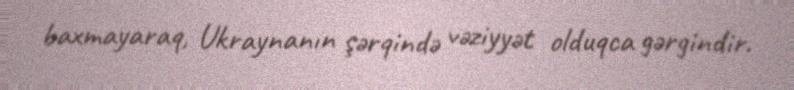
baxmayaraq, Ukraynanın şərqində vəziyyət olduqca gərgindir.